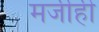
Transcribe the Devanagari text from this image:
मर्जीही